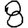
Digit: 8